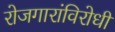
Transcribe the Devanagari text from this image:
रोजगारांविरोधी